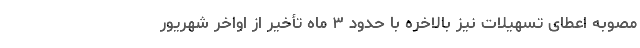
مصوبه اعطای تسهیلات نیز بالاخره با حدود ۳ ماه تأخیر از اواخر شهریور